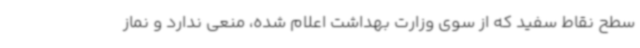
سطح نقاط سفید که از سوی وزارت بهداشت اعلام شده، منعی ندارد و نماز